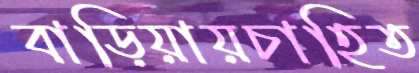
বাড়িয়ায়চাহিত